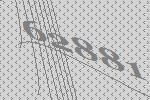
62881